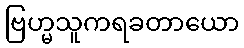
ဗြဟ္မသူကရခတာယော